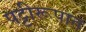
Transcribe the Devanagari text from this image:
पट्टीरूपात